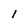
Character: l